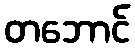
တဘောင်